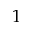
1